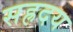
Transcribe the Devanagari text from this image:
सह्रदय